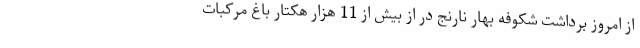
از امروز برداشت شکوفه بهار نارنج در از بیش از 11 هزار هکتار باغ مرکبات